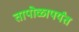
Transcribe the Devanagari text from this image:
तापोळापर्यंत